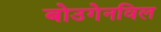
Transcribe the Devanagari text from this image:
बोउगेनविल